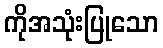
ကိုအသုံးပြုသော